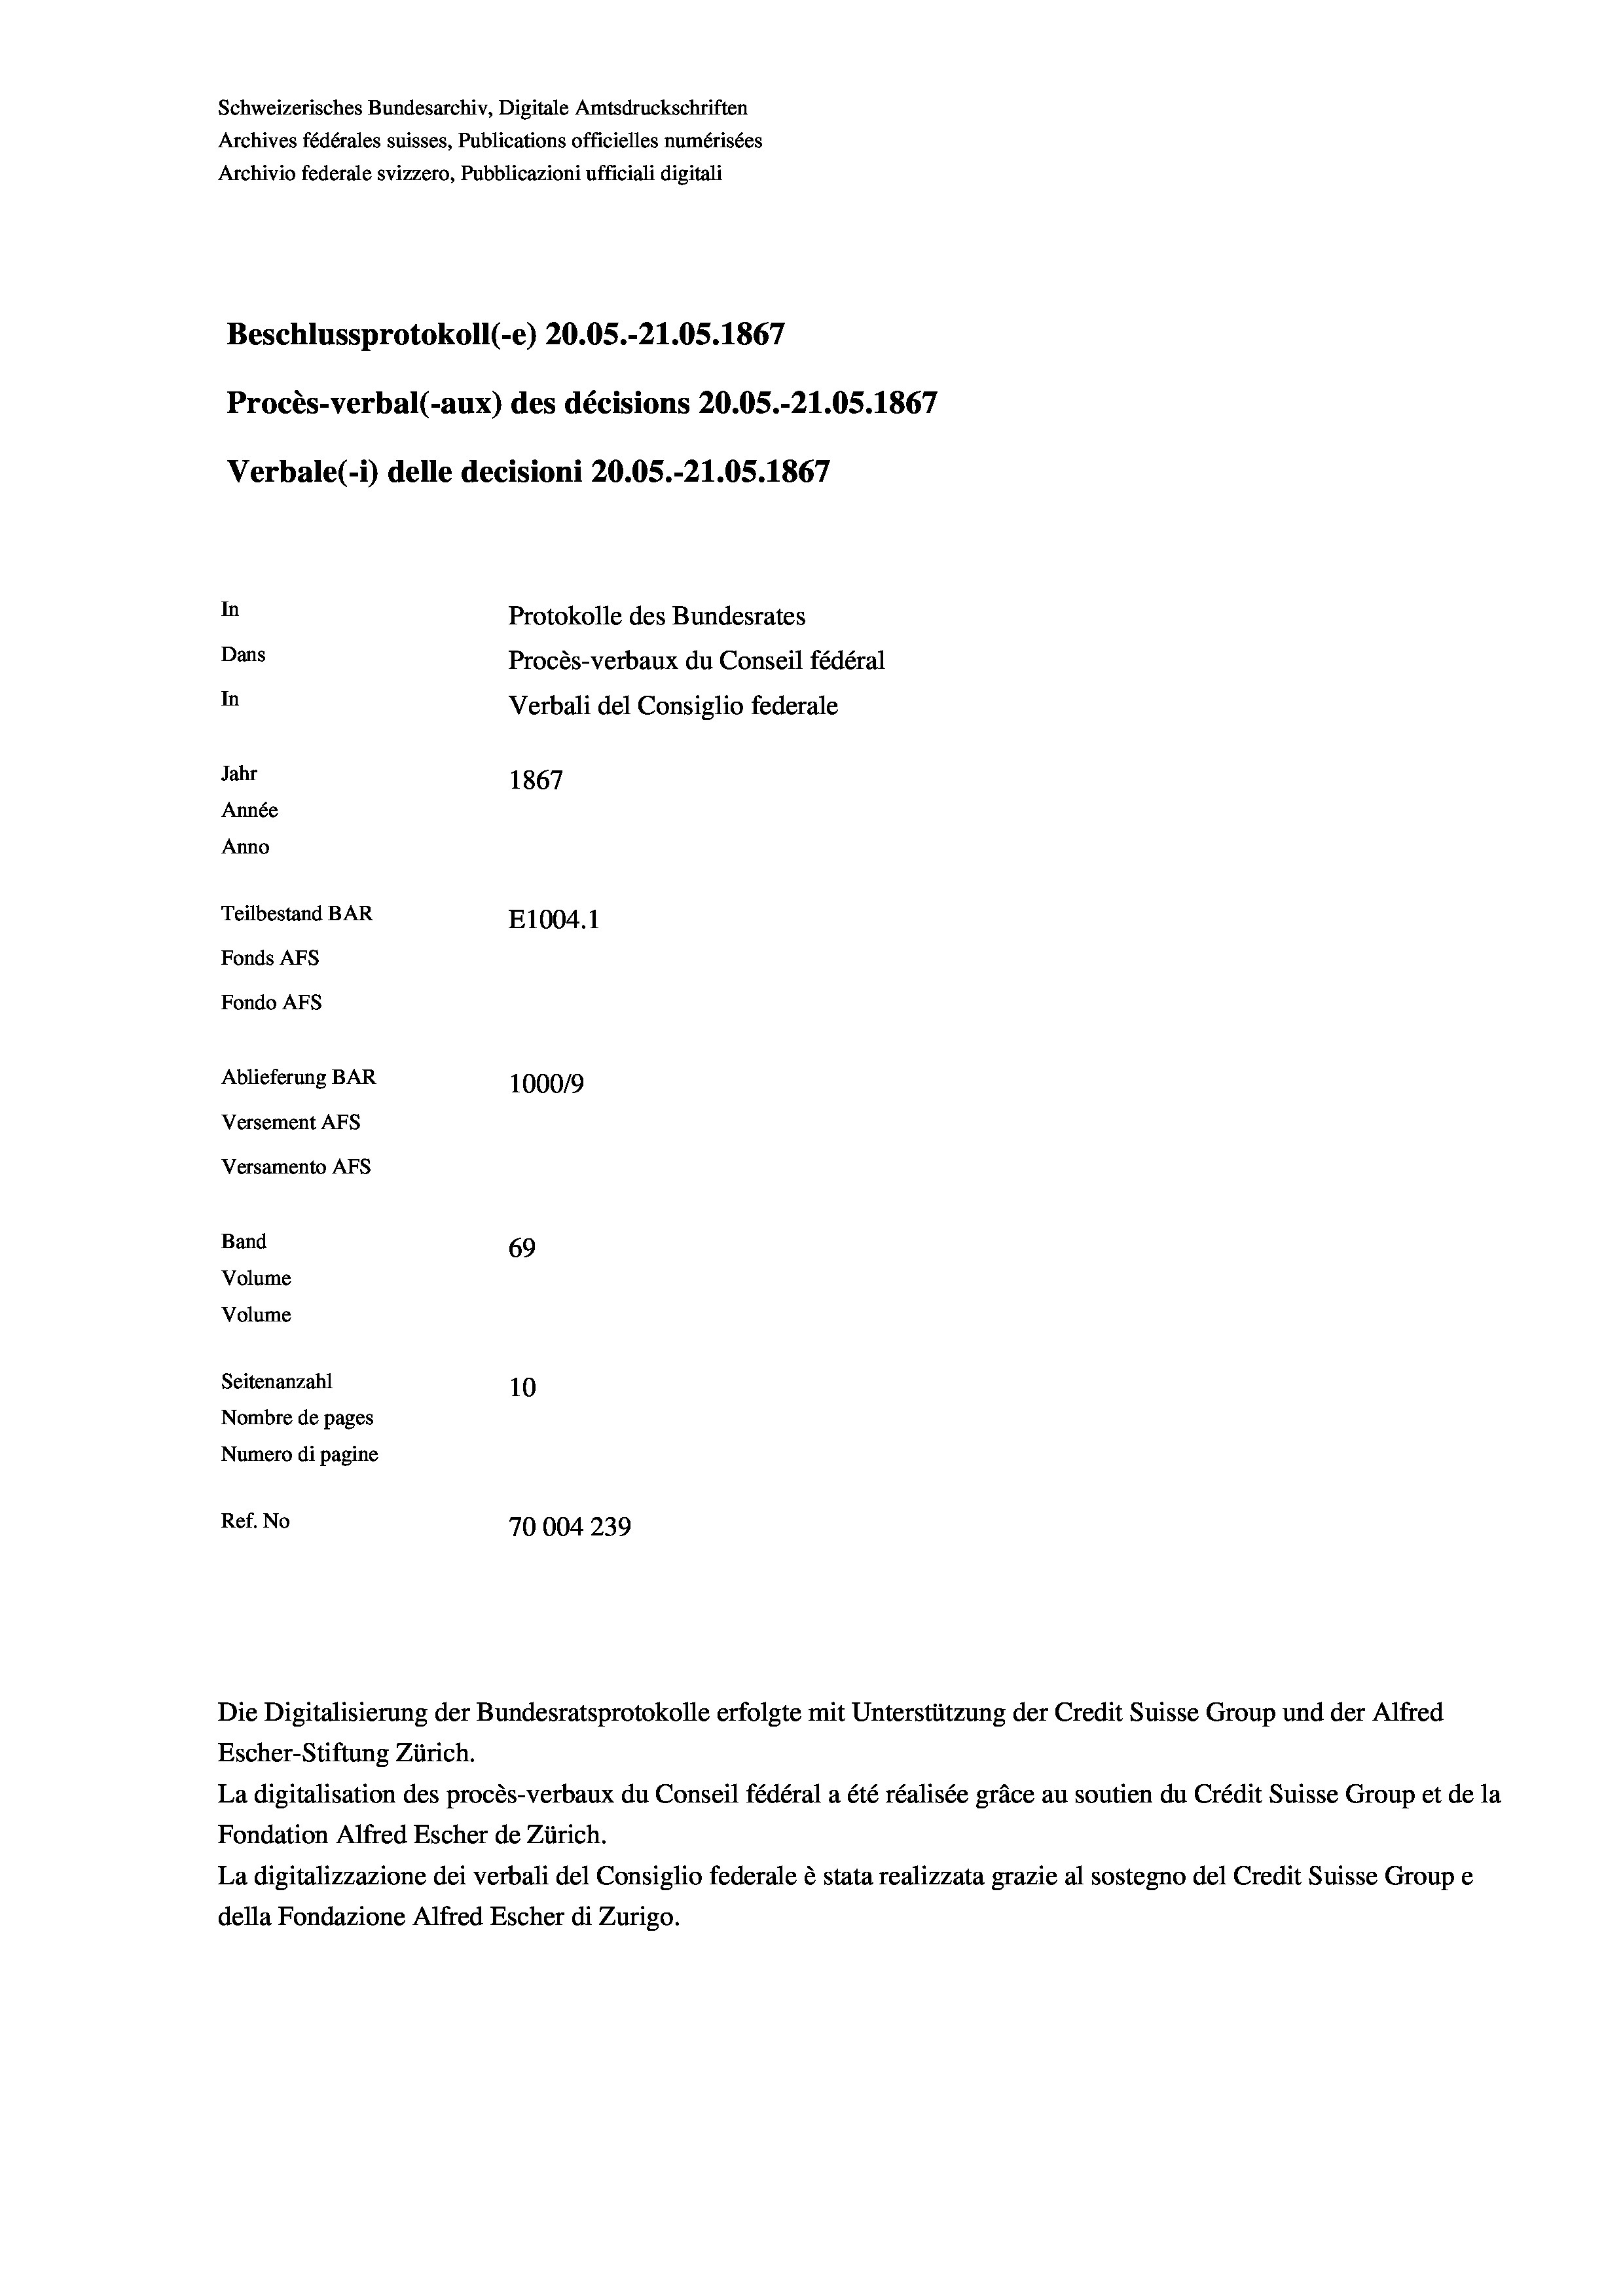
Schweizerisches Bundesarchiv, Digitale Amtsdruckschriften
Archives fédérales suisses, Publications officielles numérisées
Archivio federale svizzero, Pubblicazioni ufficiali digitali
Beschlussprotokoll (-e) 20.05.-21.05. 1867
Procès-verbal (-aux) des décisions 20.05.-21.05. 1867
Verbale (- 1) delle decisioni 20.05.-21.05. 1867
In
Protokolle des Bundesrates
Dans
Procès-verbaux du Conseil fédéral
In
Verbali del Consiglio federale
Jahr
1867
Année
Anno
Teilbestand BAR
E1004.1
Fonds Afs
Fondo Afs
Ablieferung BAR
100019
Versement AFs
Versamento AFs
Band
69

Seitenanzahl
10
Nombre de pages
Numero di pagine
Ref. No
70004 239

Volume
Volume

Escher-Stiftung Zürich.
La digitalisation des procès-verbaux du Conseil fédéral a été réalisée gräce au soutien du Crédit Suisse Group et de la
Fondation Alfred Escher de Zürich.
La digitalizzazione dei verbali del Consiglio federale è stata realizzata grazie al sostegno del Credit Suisse Groupe
della Fondazione Alfred Escher di Zurigo.

Die Digitalisierung der Bundesratsprotokolle erfolgte mit Unterstützung der Credit Suisse Group und der Alfred